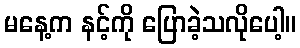
မနေ့က နင့်ကို ပြောခဲ့သလိုပေါ့။